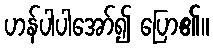
ဟန်ပါပါအော်၍ ပြော၏။